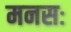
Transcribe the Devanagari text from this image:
मनसः